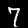
Label: 7